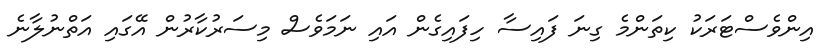
އިންވެސްޓަރަކު ކިތަންމެ ގިނަ ފައިސާ ހިފައިގެން އައި ނަމަވެސް މިސަރުކާރުން އޭގައި އަތްނުލާނެ